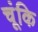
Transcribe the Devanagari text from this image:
चूंकि